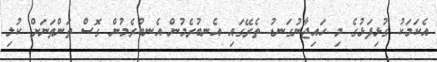
އެކަމަކު ގުޅިފަޅުގެ މި ހައިޖާނުގަނޑު ތެރޭގައި އެނބުރެމުން އެނބުރެމުން ގޮސް ތަންތަނަށް ކުލި